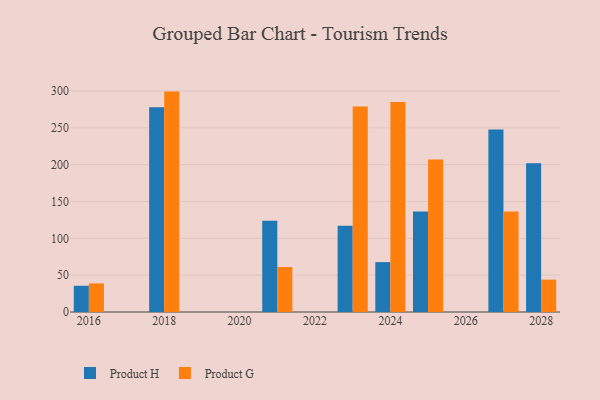
{"axis": {"x": "Year", "y": "Page Views"}, "legend": ["Product G", "Product H"], "data": [{"x": "2025", "y": 136.6, "type": "Product H"}, {"x": "2025", "y": 207.1, "type": "Product G"}, {"x": "2018", "y": 277.8, "type": "Product H"}, {"x": "2018", "y": 299.2, "type": "Product G"}, {"x": "2028", "y": 201.8, "type": "Product H"}, {"x": "2028", "y": 43.9, "type": "Product G"}, {"x": "2021", "y": 124.0, "type": "Product H"}, {"x": "2021", "y": 61.1, "type": "Product G"}, {"x": "2027", "y": 247.6, "type": "Product H"}, {"x": "2027", "y": 136.6, "type": "Product G"}, {"x": "2016", "y": 35.6, "type": "Product H"}, {"x": "2016", "y": 38.8, "type": "Product G"}, {"x": "2024", "y": 67.7, "type": "Product H"}, {"x": "2024", "y": 285.0, "type": "Product G"}, {"x": "2023", "y": 117.1, "type": "Product H"}, {"x": "2023", "y": 279.0, "type": "Product G"}]}